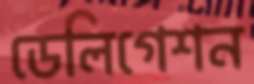
ডেলিগেশন